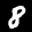
Label: 8